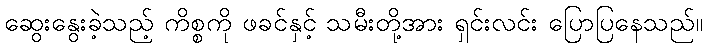
ဆွေးနွေးခဲ့သည့် ကိစ္စကို ဖခင်နှင့် သမီးတို့အား ရှင်းလင်း ပြောပြနေသည်။